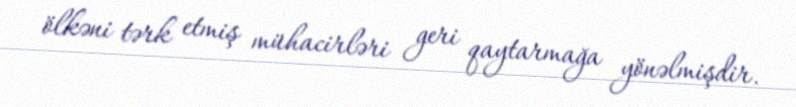
ölkəni tərk etmiş mühacirləri geri qaytarmağa yönəlmişdir.